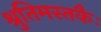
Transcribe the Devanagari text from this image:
श्रुतिमस्तकैः